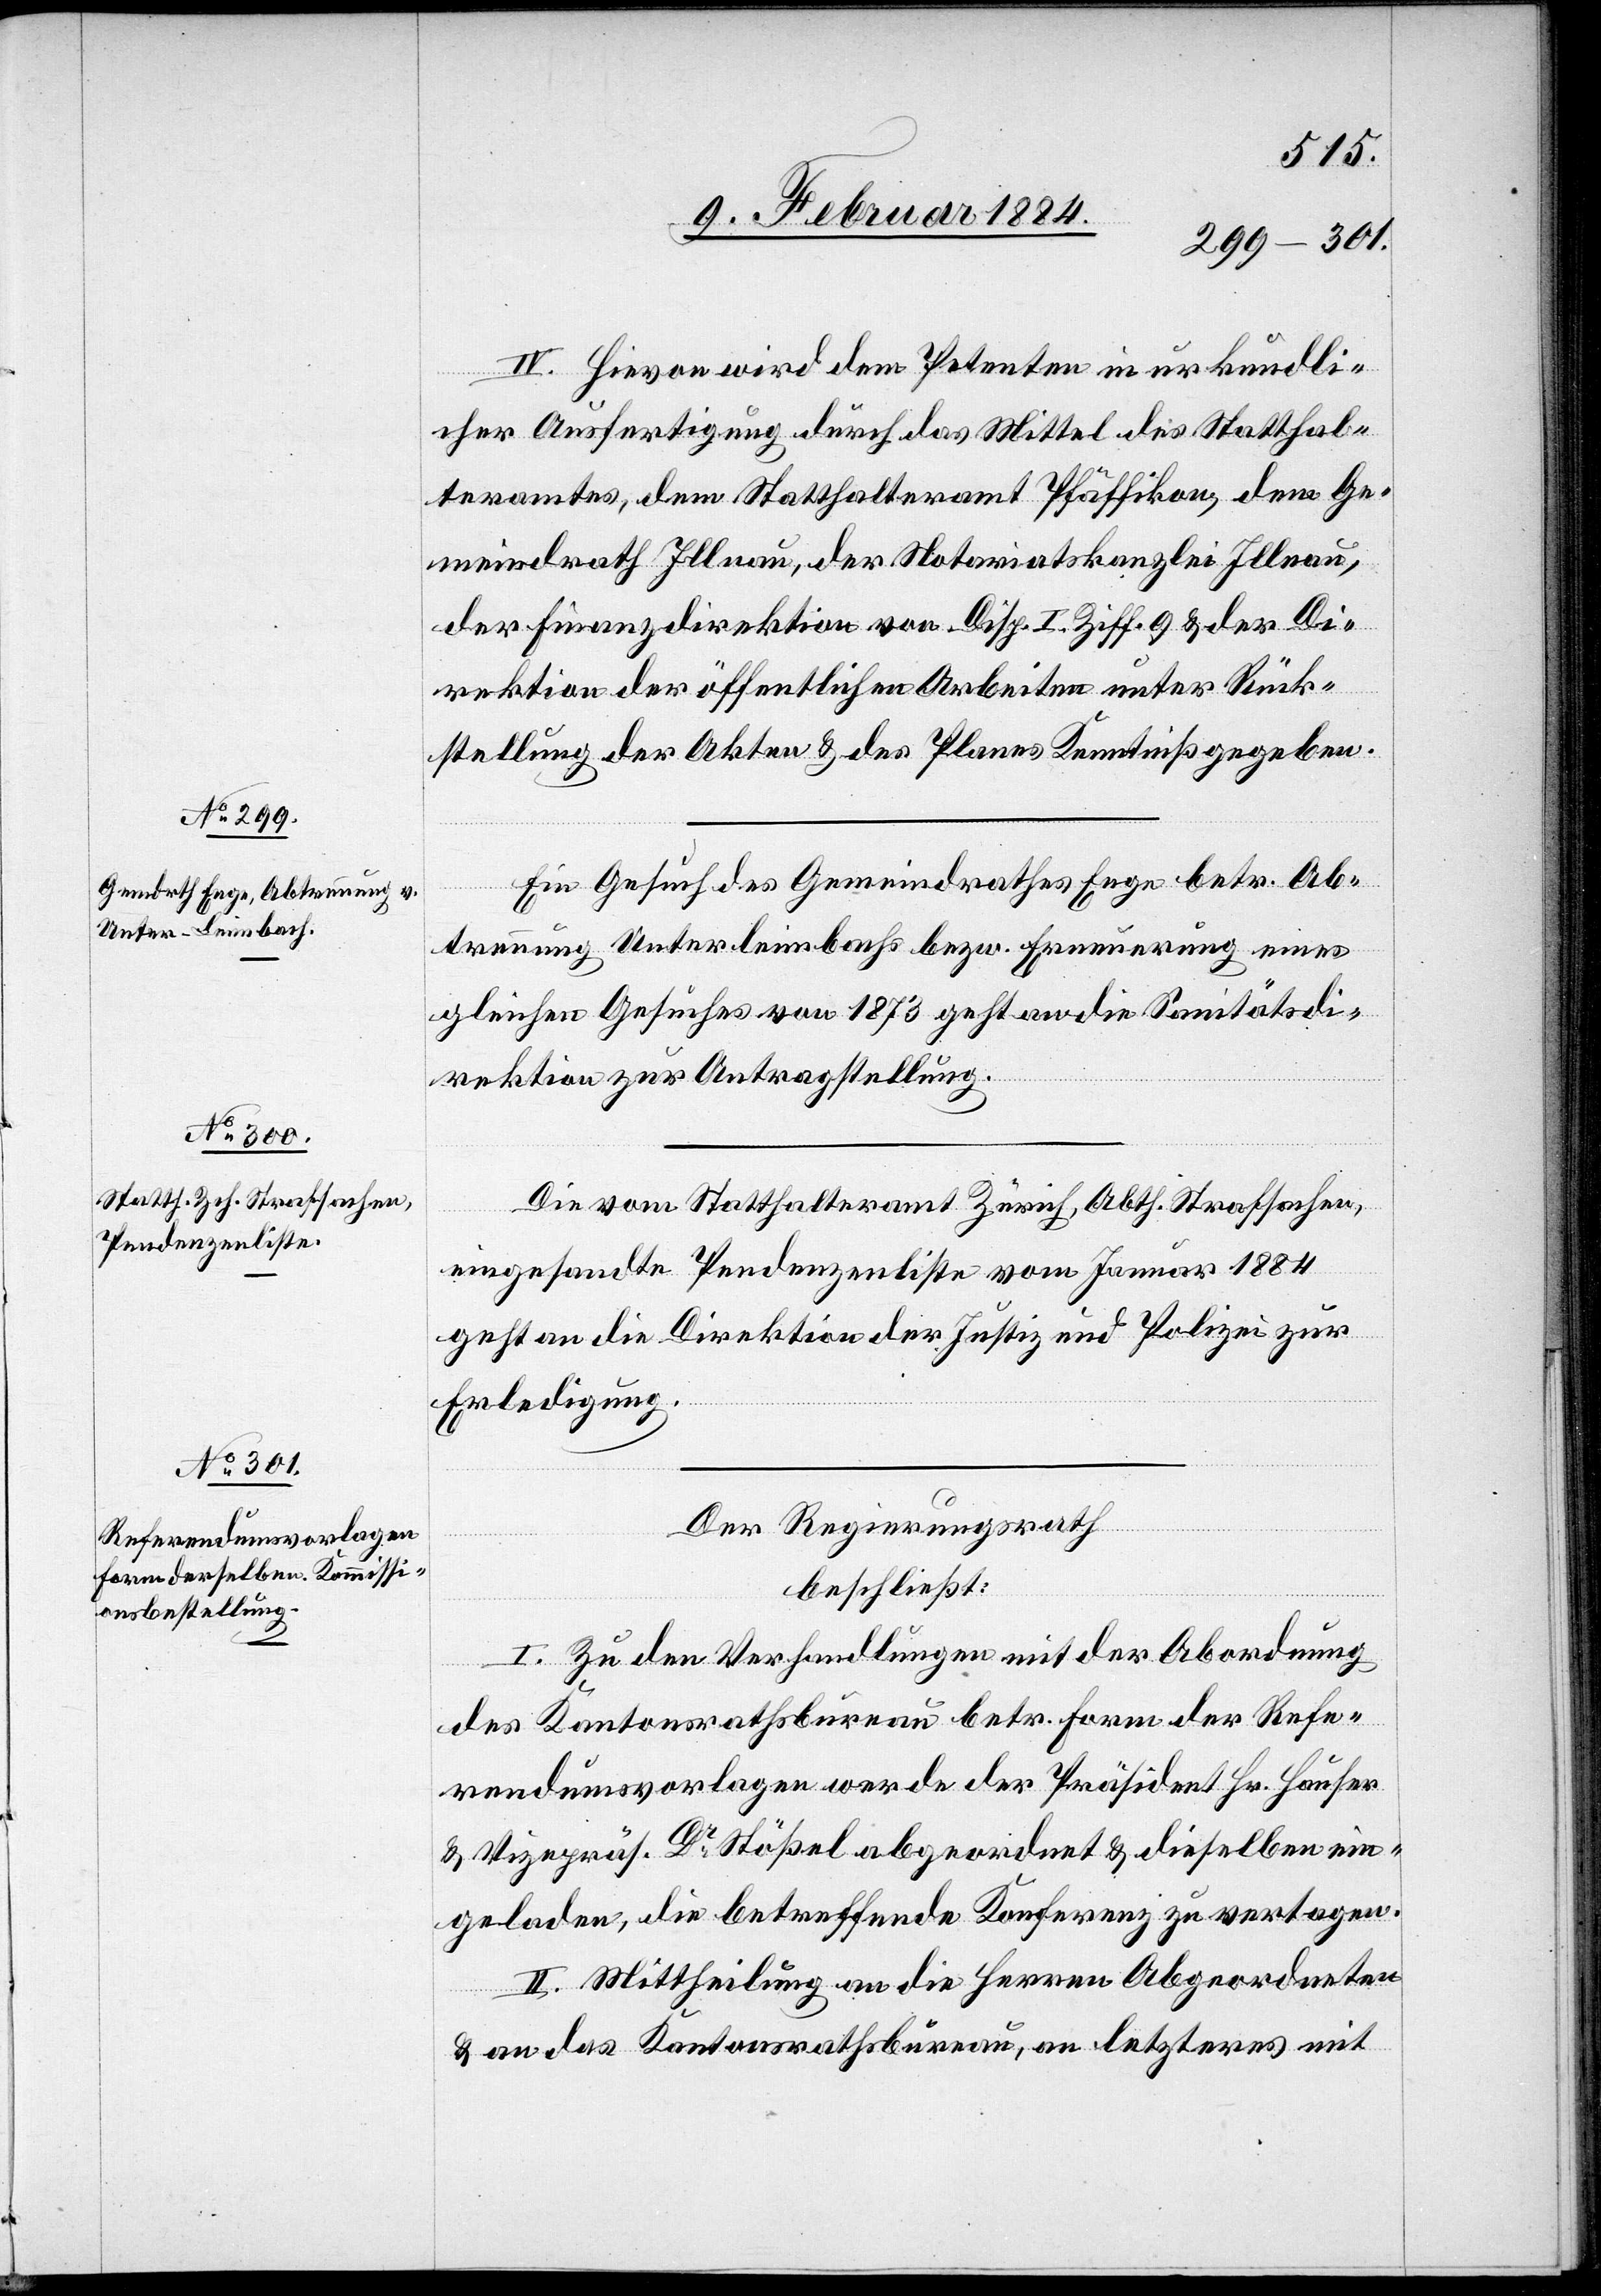
IV. Hievon wird dem Petenten in urkundli¬
cher Ausfertigung durch das Mittel des Statthal¬
teramtes, dem Statthalteramt Pfäffikon, dem Ge¬
meindrath Illnau, der Notariatskanzlei Illnau,
der Finanzdirektion von Disp. I. Ziff. 9 & der Di¬
rektion der öffentlichen Arbeiten unter Rück¬
stellung der Akten & des Planes Kenntniß gegeben.
Ein Gesuch des Gemeindrathes Enge betr. Ab¬
trennung Unterleimbach bzw. Erneuerung eines
gleichen Gesuches von 1873 geht an die Sanitätsdi¬
rektion zur Antragstellung.
Die vom Statthalteramt Zürich, Abth. Strafsachen,
eingesandte Pendenzenliste vom Januar 1884
geht an die Direktion der Justiz und Polizei zur
Erledigung.
Der Regierungsrath,
beschließt:
I. Zu den Verhandlungen mit der Abordnung
des Kantonsrathsbureau betr. Form der Refe¬
rendumsvorlagen werden der Präsident Hr. Hauser
& Vizepräs. Dr Stößel abgeordnet & dieselben ein¬
geladen, die betreffende Konferenz zu vertagen.
II. Mittheilung an die Herren Abgeordneten
& an das Kantonsrathsbureau, an letzteres mit